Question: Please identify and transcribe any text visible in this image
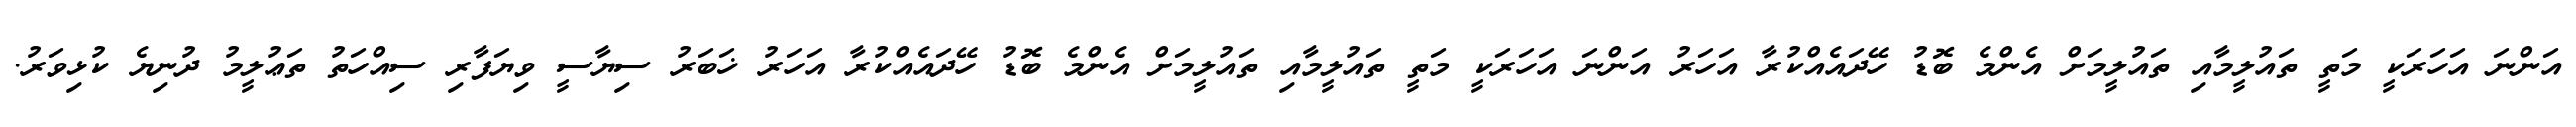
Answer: އަންނަ އަހަރަކީ މަތީ ތައުލީމާއި ތައުލީމަށް އެންމެ ބޮޑު ހޭދައެއްކުރާ އަހަރު އަންނަ އަހަރަކީ މަތީ ތައުލީމާއި ތައުލީމަށް އެންމެ ބޮޑު ހޭދައެއްކުރާ އަހަރު ޚަބަރު ސިޔާސީ ވިޔަފާރި ސިއްހަތު ތަޢުލީމު ދުނިޔެ ކުޅިވަރު.